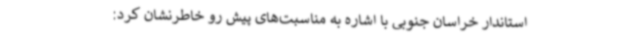
استاندار خراسان جنوبی با اشاره به مناسبت‌های پیش رو خاطرنشان کرد: